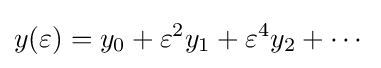
y(\varepsilon )=y_{0}+\varepsilon ^{2}y_{1}+\varepsilon ^{4}y_{2}+\cdots